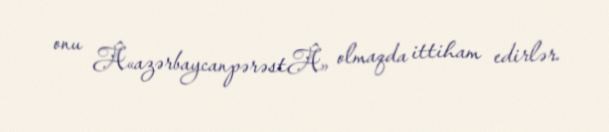
onu Â«azərbaycanpərəstÂ» olmaqda ittiham edirlər.